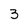
Character: 3